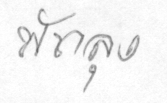
พัทลุง